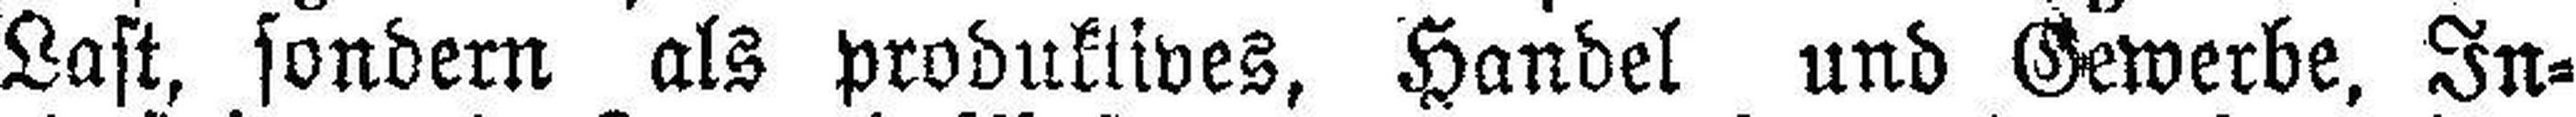
Last, sondern als produktives, Handel und Gewerbe, In¬